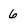
Character: 6